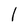
Character: l